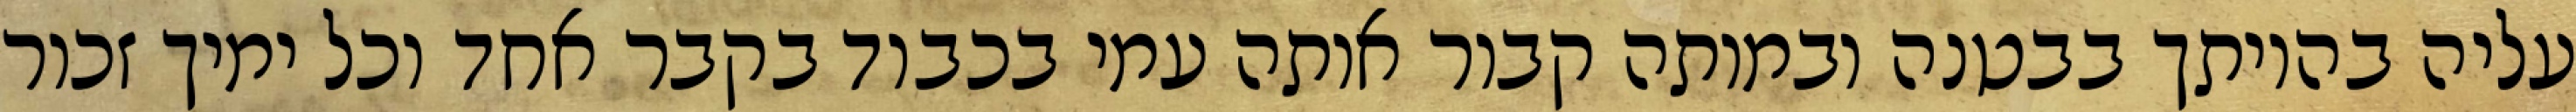
עליה בהיותך בבטנה ובמותה קבור אותה עמי בכבוד בקבר אחד וכל ימיך זכור